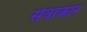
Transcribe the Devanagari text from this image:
सेवाकार